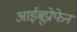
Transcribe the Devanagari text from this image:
आईबूप्रोफेन